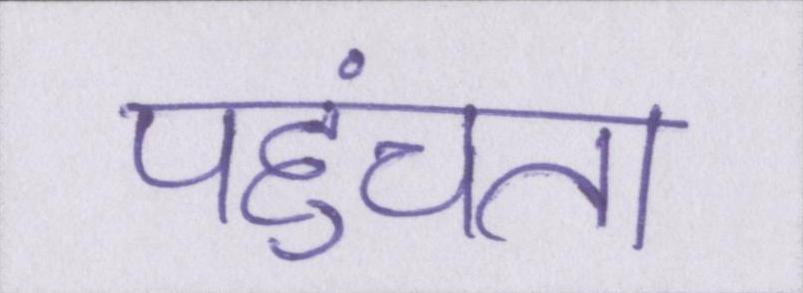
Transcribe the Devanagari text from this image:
पहुंचता